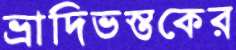
ভ্রাদিভস্তকের